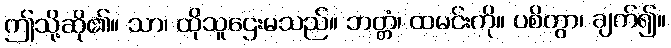
ဤသို့ဆို၏။ သာ၊ ထိုသူဌေးမသည်။ ဘတ္တံ၊ ထမင်းကို။ ပစိတွာ၊ ချက်၍။